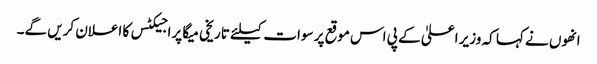
انھوں نے کہا کہ وزیر اعلیٰ کے پی اس موقع پر سوات کیلئے تاریخی میگا پراجیکٹس کا اعلان کریں گے۔